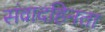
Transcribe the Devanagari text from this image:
संवादहिनता